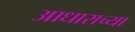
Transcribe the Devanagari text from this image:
आधाराच्या